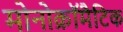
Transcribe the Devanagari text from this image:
मोनोक्रॉमैटिक